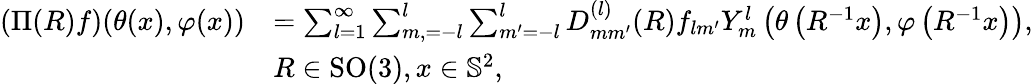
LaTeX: {\begin{array}{rl}{(\Pi(R)f)(\theta(x),\varphi(x))}&{=\sum_{l=1}^{\infty}\sum_{m,=-l}^{l}\sum_{m^{\prime}=-l}^{l}D_{mm^{\prime}}^{(l)}(R)f_{lm^{\prime}}Y_{m}^{l}\left(\theta\left(R^{-1}x\right),\varphi\left(R^{-1}x\right)\right),}\\ &{R\in\mathrm{SO}(3),x\in\mathbb{S}^{2},}\end{array}}